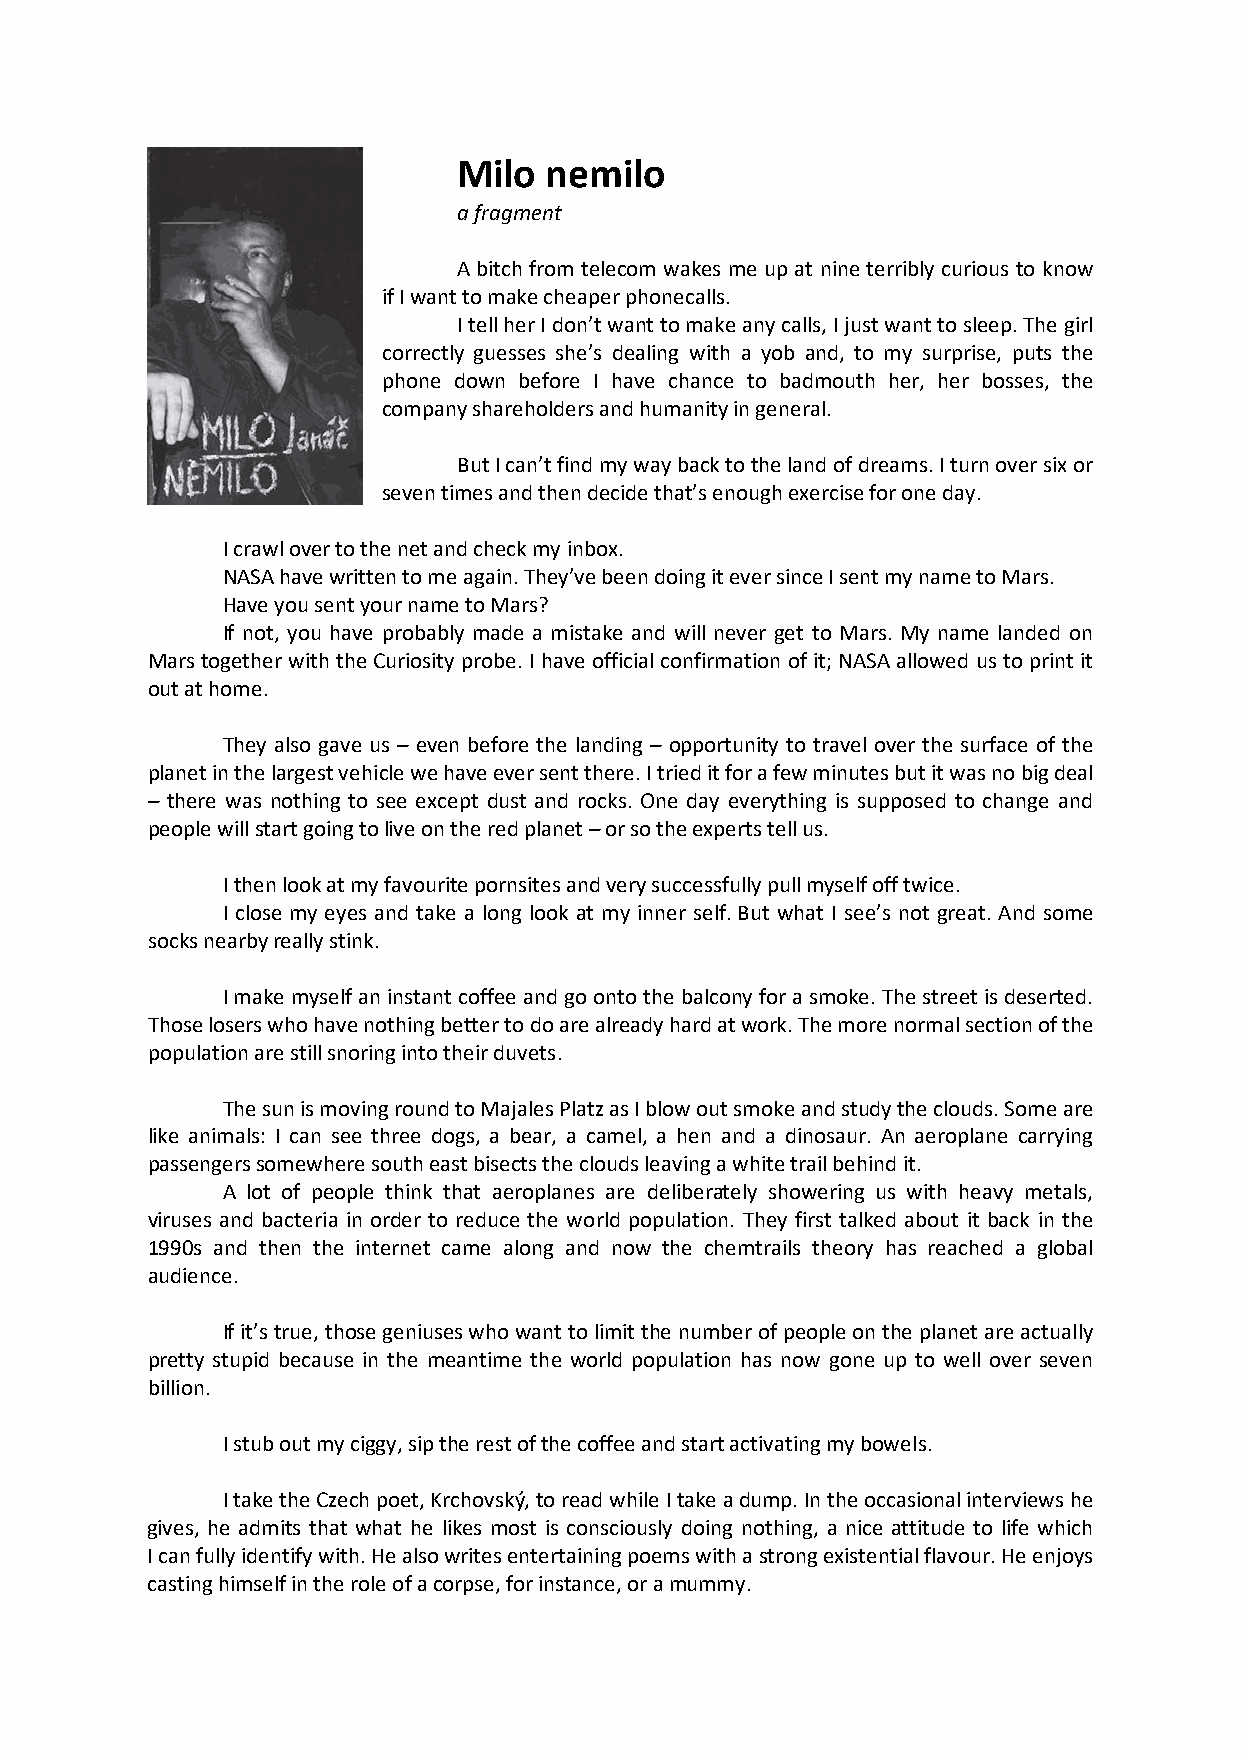
Milo  nemilo
 a fragment
 A bitch from telecom wakes me up at nine terribly curious to know
 if I want to make cheaper phonecalls.
 I tell her I don’t want to make any calls, I just want to sleep. The girl
 correctly guesses she’s dealing with a yob and, to my surprise, puts the
 phone down before I have chance to badmouth her, her bosses, the
 company shareholders and humanity in general.
 But I can’t find my way back to the land of dreams. I turn over six or
 seven times and then decide that’s enough exercise for one day.
 I crawl over to the net and check my inbox.
 NASA have written to me again. They’ve been doing it ever since I sent my name to Mars.
 Have you sent your name to Mars?
 If not, you have probably made a mistake and will never get to Mars. My name landed on
 Mars together with the Curiosity probe. I have official confirmation of it; NASA allowed us to print it
 out at home.
 They also gave us – even before the landing – opportunity to travel over the surface of the
 planet in the largest vehicle we have ever sent there. I tried it for a few minutes but it was no big deal
 – there was nothing to see except dust and rocks. One day everything is supposed to change and
 people will start going to live on the red planet – or so the experts tell us.
 I then look at my favourite pornsites and very successfully pull myself off twice.
 I close my eyes and take a long look at my inner self. But what I see’s not great. And some
 socks nearby really stink.
 I make myself an instant coffee and go onto the balcony for a smoke. The street is deserted.
 Those losers who have nothing better to do are already hard at work. The more normal section of the
 population are still snoring into their duvets.
 The sun is moving round to Majales Platz as I blow out smoke and study the clouds. Some are
 like animals: I can see three dogs, a bear, a camel, a hen and a dinosaur. An aeroplane carrying
 passengers somewhere south east bisects the clouds leaving a white trail behind it.
 A lot of people think that aeroplanes are deliberately showering us with heavy metals,
 viruses and bacteria in order to reduce the world population. They first talked about it back in the
 1990s and then the internet came along and now the chemtrails theory has reached a global
 audience.
 If it’s true, those geniuses who want to limit the number of people on the planet are actually
 pretty stupid because in the meantime the world population has now gone up to well over seven
 billion.
 I stub out my ciggy, sip the rest of the coffee and start activating my bowels.
 I take the Czech poet, Krchovský, to read while I take a dump. In the occasional interviews he
 gives, he admits that what he likes most is consciously doing nothing, a nice attitude to life which
 I can fully identify with. He also writes entertaining poems with a strong existential flavour. He enjoys
 casting himself in the role of a corpse, for instance, or a mummy.